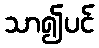
သာ၍ပင်